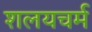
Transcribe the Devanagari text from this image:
शलयचर्म